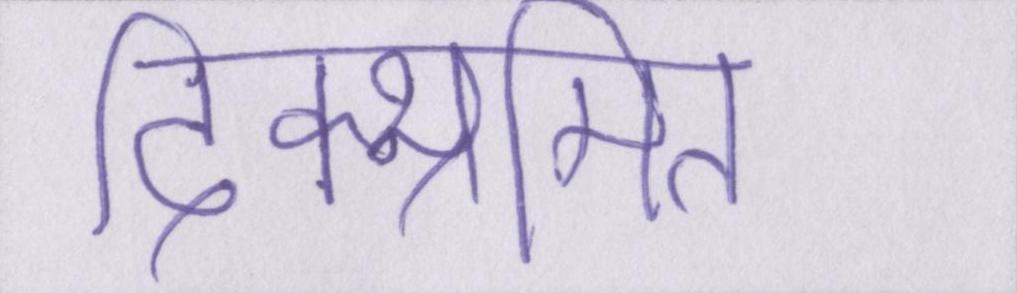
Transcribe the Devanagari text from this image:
दिक्भ्रमित